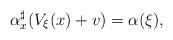
\begin{align*}\alpha^\sharp_x(V_\xi(x)+v)=\alpha(\xi),\end{align*}